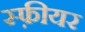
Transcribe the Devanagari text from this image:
स्फ़ीयर